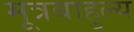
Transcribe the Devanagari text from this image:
मूत्रबाहुल्य